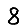
Digit: 8